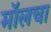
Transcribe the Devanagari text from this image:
मॉलचा